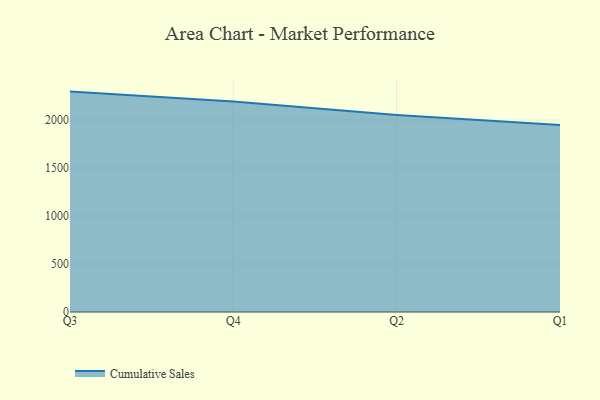
{"axis": {"x": "Quarter", "y": "Conversion Rate (%)"}, "legend": ["Cumulative Sales"], "data": [{"x": "Q3", "y": 2296.2, "type": "Cumulative Sales"}, {"x": "Q4", "y": 2192.6, "type": "Cumulative Sales"}, {"x": "Q2", "y": 2052.5, "type": "Cumulative Sales"}, {"x": "Q1", "y": 1948.7, "type": "Cumulative Sales"}]}